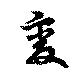
変